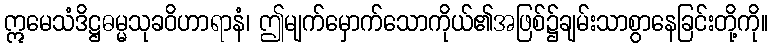
ဣမေသံဒိဋ္ဌဓမ္မသုခဝိဟာရာနံ၊ ဤမျက်မှောက်သောကိုယ်၏အဖြစ်၌ချမ်းသာစွာနေခြင်းတို့ကို။